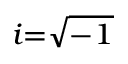
\scriptstyle { i = { \sqrt { - 1 } } }